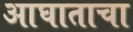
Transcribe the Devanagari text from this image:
आघाताचा